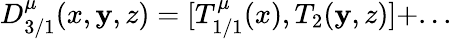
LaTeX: D_{3/1}^{\mu}(x,\mathbf{y},z)=[T_{1/1}^{\mu}(x),T_{2}(\mathbf{y},z)]+...